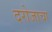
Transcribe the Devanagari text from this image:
दरोजाचा